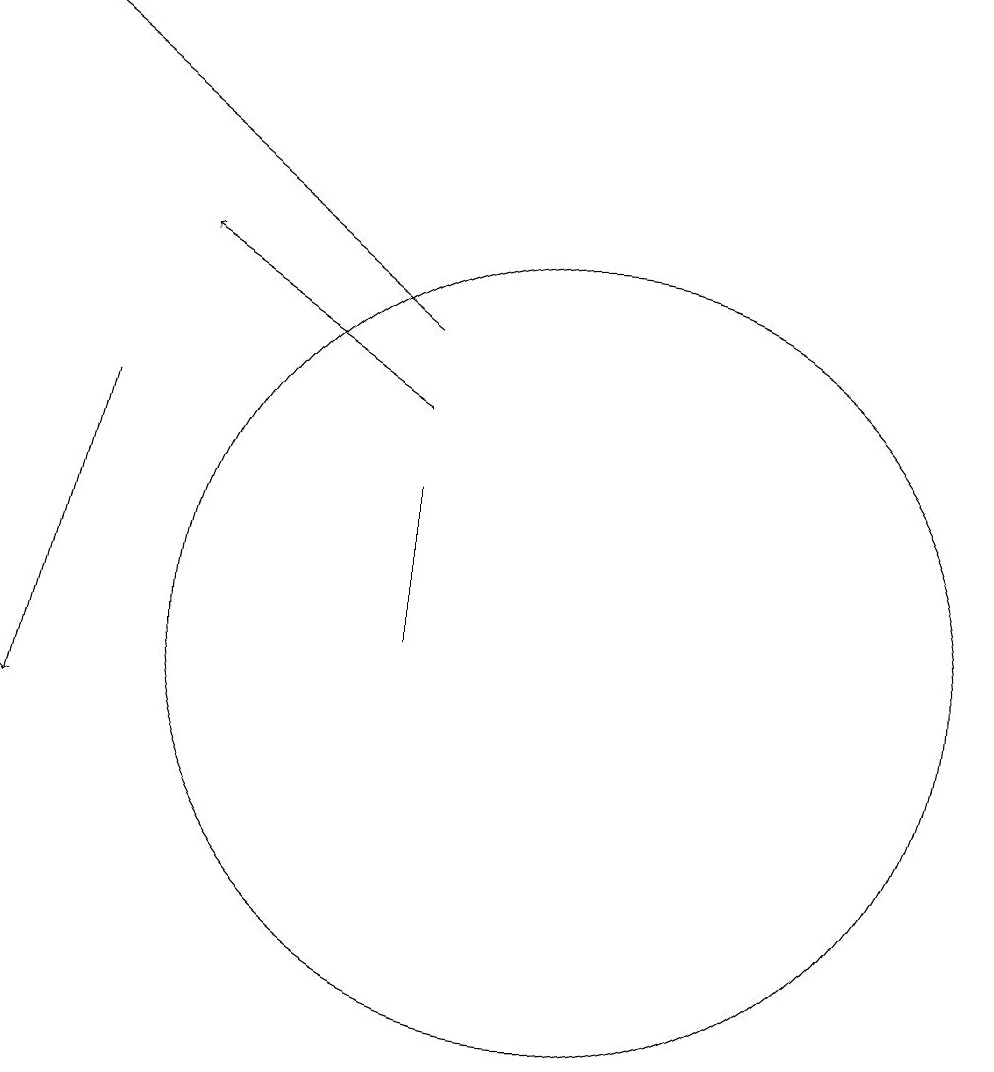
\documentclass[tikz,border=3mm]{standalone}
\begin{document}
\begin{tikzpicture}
\draw (10,11) circle (5);
\draw (8,13) rectangle (8,11);
\draw[->] (8,14) -- (5,16);
\draw[->] (4,14) -- (3,10);
\draw[->] (8,15) -- (3,19);
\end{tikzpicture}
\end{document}